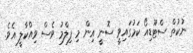
ނުކުތް ސްޓޫޑިއޯ ކަމުގައިވީ ސޮނީ އިން މި ފިލްމު ވެސް ވިއްކާލީ އެވެ.